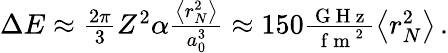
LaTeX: \begin{array}{r}{\Delta E\approx\frac{2\pi}{3}Z^{2}\alpha\frac{\left<r_{N}^{2}\right>}{a_{0}^{3}}\approx 150\frac{\mathrm{~G~H~z~}}{\mathrm{~f~m~}^{2}}\left<r_{N}^{2}\right>\, .}\end{array}